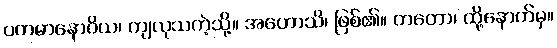
ပတမာနောဝိယ၊ ကျလုသကဲ့သို့။ အဟောသိ၊ ဖြစ်၏။ တတော၊ ထို့နောက်မှ။